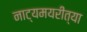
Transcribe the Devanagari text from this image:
नाट्यमयरीत्या